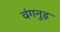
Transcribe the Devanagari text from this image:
वंगनुइ